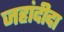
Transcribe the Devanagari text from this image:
जहांदीदा